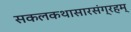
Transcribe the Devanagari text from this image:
सकलकथासारसंग्रहम्